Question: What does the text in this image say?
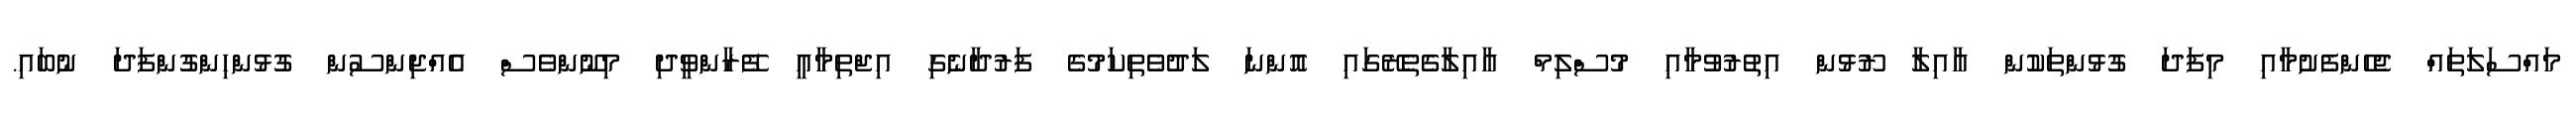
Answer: މައްސަލަތައް ޖެހެންފެށުމާއި މިފަދަ ގުޅުންތަކުން އާއިލާ ރޫޅުން އިތުރުވުމާއި މުސްލިމް އާއިލާގެތެރޭގައި އޮންނަ ލަދުވެތިކަމުގެ ފަރުދާނެގި އިޖްތިމާއީ ފޭރާންވީދި މިނޫންވެސް އެއްޖިންސުން ގުޅުންހިންގުންފަދަ ނުބައި.